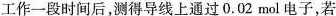
工作一段时间后，测得导线上通过0.02mol电子，若